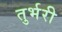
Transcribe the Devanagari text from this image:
तुर्भरी